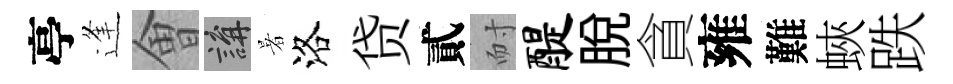
亭逢㑹講暑洛贷貳耐醍脱貪雍難蛺跌